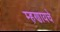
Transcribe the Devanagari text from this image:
म्‍हणायचे